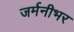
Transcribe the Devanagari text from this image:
जर्मनीभर